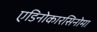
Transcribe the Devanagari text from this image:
एडिनोकारसिनोमा